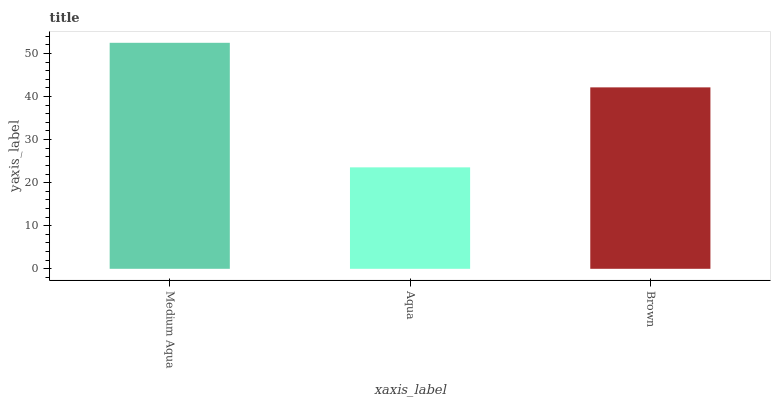
| xaxis_label | bars |
 | --- | --- |
 | Medium Aqua | 52.5 |
 | Aqua | 23.6 |
 | Brown | 42.1 |